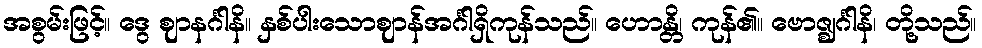
အစွမ်းဖြင့်။ ဒွေ ဈာနင်္ဂါနိ။ နှစ်ပါးသောဈာန်အင်္ဂါရှိကုန်သည်။ ဟောန္တိ၊ ကုန်၏။ ဗောဇ္ဈင်္ဂါနိ၊ တို့သည်။